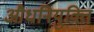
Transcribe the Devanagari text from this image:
औधनियुक्ति